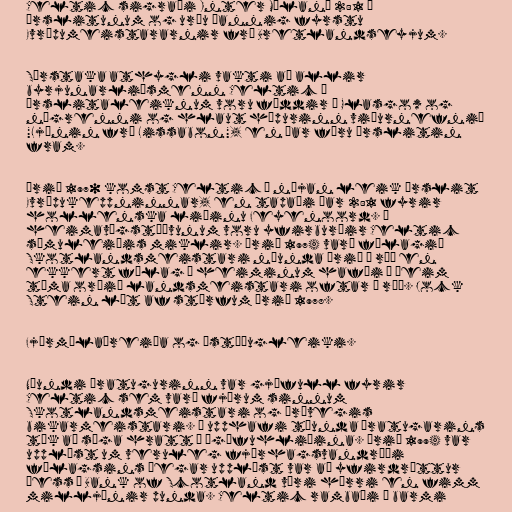
Celtic sigraði Inter Mílanó 2:1 í
úrslitunum og urðu þannig fyrstu
Evrópumeistararnir frá Bretlandseyjum.

Sérstaka athygli vakti að allir
byrjunarliðsmenn Celtic í
úrslitaleiknum voru fæddir í Glasgow og
nágrenni og hlaut hópurinn viðurnefnið
"Ljónin frá Lissabon", en þar fóru úrslitin
fram.

Árið 1970 komst Celtic á nýjan leik úrslit
Evrópukeppninnar, en tapaði þar 2:1 fyrir
hollenska liðinu Feyenoord. Á
heimavígstöðvunum voru yfirburðir Celtic
sömuleiðis miklir. Árið 1974 varð félagið
Skotlandsmeistari níunda árið í röð en
ekkert félag í heiminum hafði á þeim
tíma orðið landsmeistari oftar í röð. Jock
Stein lét af störfum árið 1978.

Fjármálaóreiða og óstöðugleiki.

Níundi áratugurinn var gjöfull fyrir
Celtic sem varð fjórum sinnum
Skotlandsmeistari og þrívegis
bikarmeistari. Í upphafi tíunda áratugarins
tók að síga hratt á ógæfuhliðina. Árið 1994 var
upplýst um veruleg fjárhagsvandræði
félagsins þegar upplýst var að yfirdráttur
þess í Bank of Scotland væri hærri en fimm
milljónir punda. Celtic rambaði á barmi